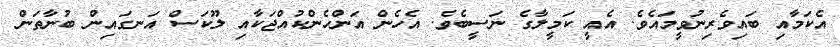
އެކަމާއި ބައިވެރިނުވީމައެވެ. އެއީ ކަމީލާގެ ނަސީބެވެ. އެހެން އަންހެންކުއްޖަކާއި ލޫކަސް އަނގައިން ބުނާތަން